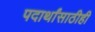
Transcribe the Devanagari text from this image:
पदार्थांसाठीही